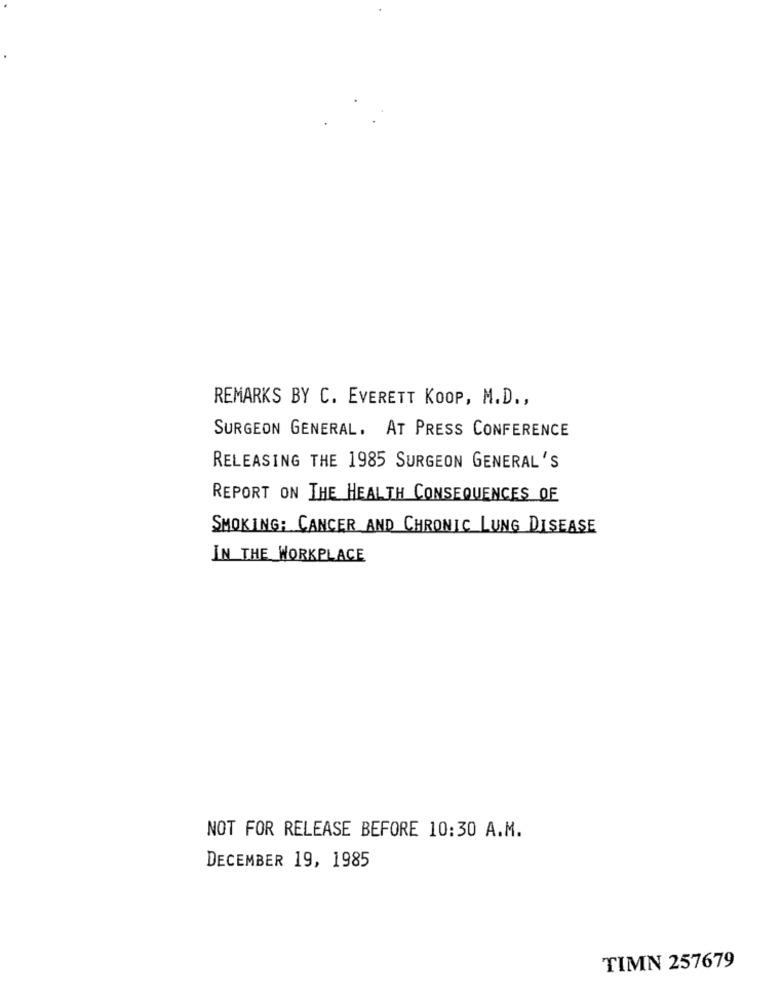
REMARKS BY C. EVERETT KOOP, M.D .,
SURGEON GENERAL. AT PRESS CONFERENCE
RELEASING THE 1985 SURGEON GENERAL'S
REPORT ON THE HEALTH CONSEQUENCES OF
SMOKING: CANCER AND CHRONIC LUNG DISEASE
IN THE WORKPLACE
NOT FOR RELEASE BEFORE 10:30 A.M.
DECEMBER 19, 1985
TIMN 257679